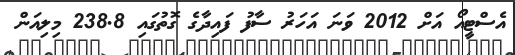
އެސްޓީއޯ އަށް 2012 ވަނަ އަހަރު ސާފު ފައިދާގެ ގޮތުގައި 238.8 މިލިއަން